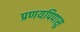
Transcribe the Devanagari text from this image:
प्रणयपिपासु